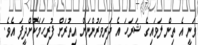
ވަނީ އެ ތިން ލަވައިގެ ޝަރަހަ އެ ދަރިވަރުންނަށް އިތުރަށް ފުރިހަމަކޮށްދީފަ އެވެ.